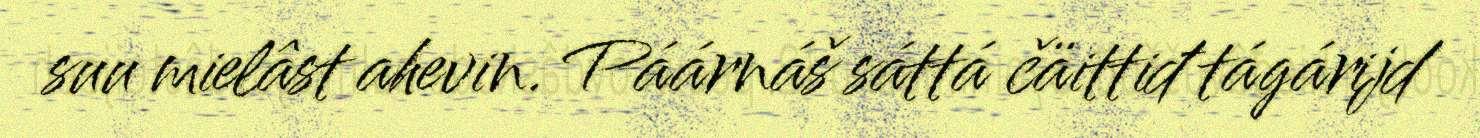
suu mielâst ahevin. Páárnáš sáttá čäittiđ tágárijd